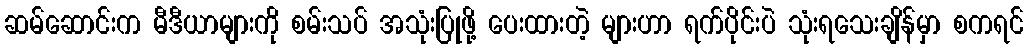
ဆမ်ဆောင်းက မီဒီယာများကို စမ်းသပ် အသုံးပြုဖို့ ပေးထားတဲ့ များဟာ ရက်ပိုင်းပဲ သုံးရသေးချိန်မှာ စကရင်